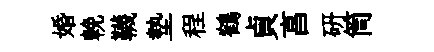
婚輓韈墊程鶴貞亯研筒